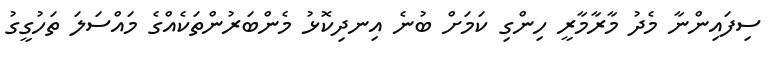
ސިފައިންނާ މެދު މާރާމާރީ ހިންގި ކަމަށް ބުނެ އިނދިކޮޅު މެންބަރުންތަކެއްގެ މައްސަލަ ތަހުގީގު